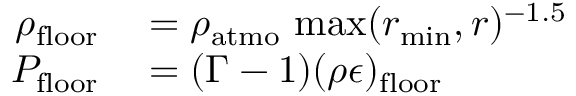
\begin{array} { r l } { \rho _ { \mathrm { f l o o r } } } & { { } = \rho _ { \mathrm { a t m o } } \, \operatorname* { m a x } ( r _ { \mathrm { m i n } } , r ) ^ { - 1 . 5 } } \\ { P _ { \mathrm { f l o o r } } } & { { } = ( \Gamma - 1 ) ( \rho \epsilon ) _ { \mathrm { f l o o r } } } \end{array}